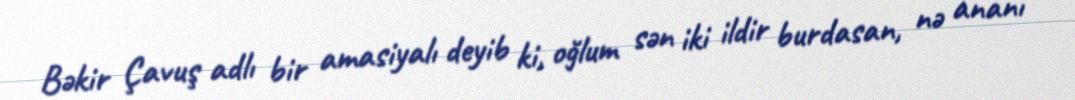
Bəkir Çavuş adlı bir amasiyalı deyib ki, oğlum sən iki ildir burdasan, nə ananı